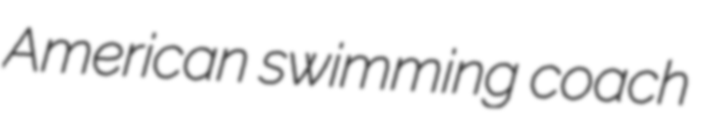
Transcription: American swimming coach